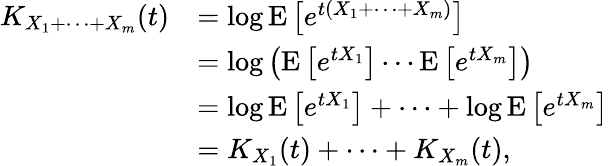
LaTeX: {\begin{array}{rl}{K_{X_{1}+\cdots+X_{m}}(t)}&{=\log\operatorname{E}\left[e^{t(X_{1}+\cdots+X_{m})}\right]}\\ &{=\log\left(\operatorname{E}\left[e^{tX_{1}}\right]\cdots\operatorname{E}\left[e^{tX_{m}}\right]\right)}\\ &{=\log\operatorname{E}\left[e^{tX_{1}}\right]+\cdots+\log\operatorname{E}\left[e^{tX_{m}}\right]}\\ &{=K_{X_{1}}(t)+\cdots+K_{X_{m}}(t),}\end{array}}